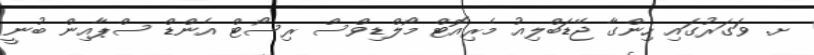
ށ. ވަގަރުގައި ހިންގާ ޖޭޑަބްލިއު މެރިއޮޓް މޯލްޑިވްސް ރިސޯޓް އެންޑް ސްޕާއިން ބުނީ